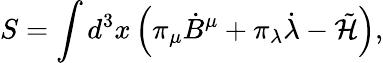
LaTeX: S=\int d^{3}x\left(\pi_{\mu}{\dot{B}}^{\mu}+\pi_{\lambda}{\dot{\lambda}}-\tilde{\cal H}\right),